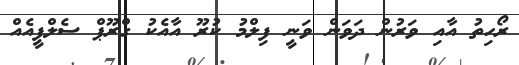
ރޯހިތު އާއި ވަރުން ދަވަން ވަނީ ފިލްމު ކުރޫ އާއެކު ގްރޫޕް ސެލްފީއެއް